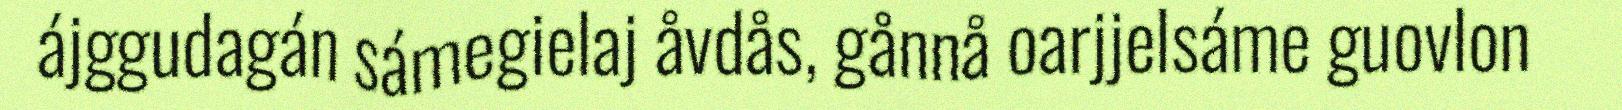
ájggudagán sámegielaj åvdås, gånnå oarjjelsáme guovlon